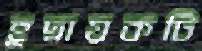
হূদ্নায়কটি